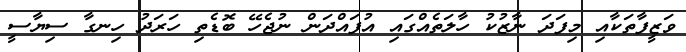
ވަޒީފާތަކާއި މިފަދަ ނާޒުކު ހާލަތެއްގައި އުފައްދަން ނުޖެހޭ ބޮޑެތި ހަރަދު ހިނގާ ސިޔާސީ